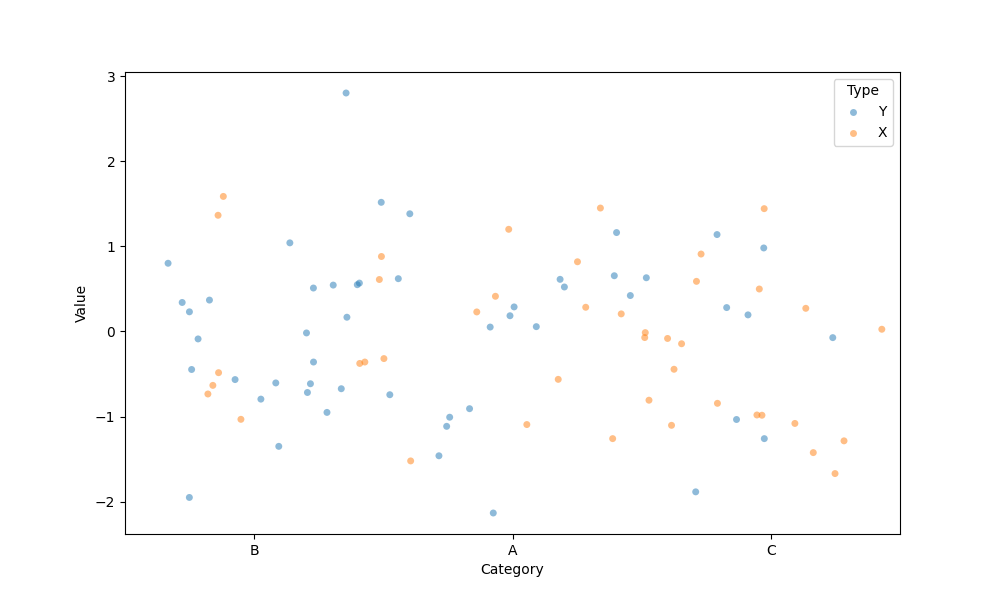
python, seaborn, stripplot, jitter=True, dodge=True, alpha=0.5, size=5